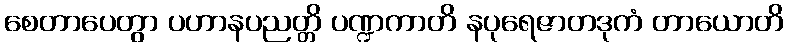
စေတာပေတွာ ပဟာနပညတ္တိ ပဏ္ဍကာတိ နပုရေဇာတဒုကံ တာယောတိ